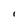
Character: i